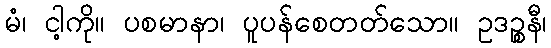
မံ၊ ငါ့ကို။ ပစမာနာ၊ ပူပန်စေတတ်သော။ ဥဒဉ္စနီ၊